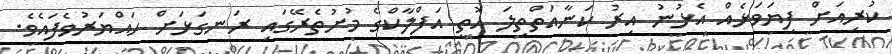
ކުރިއަށް ފިޔަވަޅެއް އެޅުނު އިރު ކަނާއަތްތިލަ އޮތީ އަފްލާކްގެ މުށުތެރޭގައި ރަނގަޅަށް ހައްޔަރުވެފައެވެ.